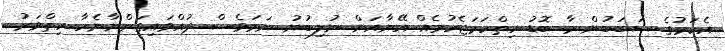
އެކަމުގެ ސަބަބުން މާ ބޮޑު ހިތްހަމަޖެހުމެއް އޭނާއަށް ނުލިބުނު ނަމަވެސް ދުއްވައިގަންނާނެހާ ހިތްވަރު